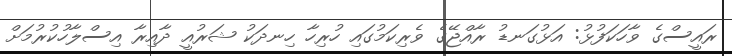
ރައީސްގެ ވާހަކަފުޅު: އަޅުގަނޑު ރާއްޖޭގެ ވެރިކަމުގައި ހުރިހާ ހިނދަކު ޝަރުއީ ދާއިރާ އިސްލާހުކުރުމަށް